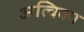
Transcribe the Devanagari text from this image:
अत्विका